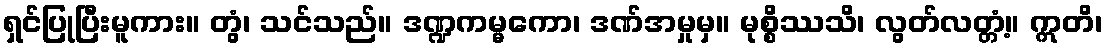
ရှင်ပြုပြီးမူကား။ တွံ၊ သင်သည်။ ဒဏ္ဍကမ္မကော၊ ဒဏ်အမှုမှ။ မုစ္စိဿသိ၊ လွတ်လတ္တံ့။ ဣတိ၊